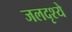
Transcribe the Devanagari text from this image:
जलदृश्ये